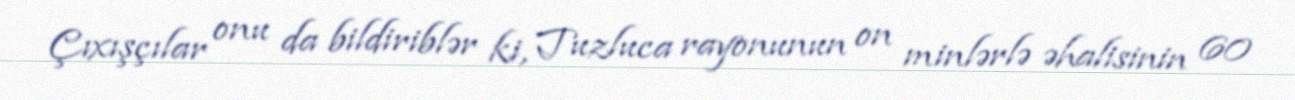
Çıxışçılar onu da bildiriblər ki, Tuzluca rayonunun on minlərlə əhalisinin 60